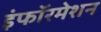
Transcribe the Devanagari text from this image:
इंफॉरमेशन